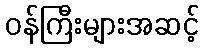
ဝန်ကြီးများအဆင့်